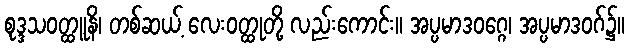
စုဒ္ဒသဝတ္ထူနိ၊ တစ်ဆယ့် လေးဝတ္ထုတို့ လည်းကောင်း။ အပ္ပမာဒဝဂ္ဂေ၊ အပ္ပမာဒဝဂ်၌။